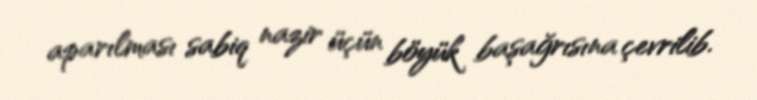
aparılması sabiq nazir üçün böyük başağrısına çevrilib.